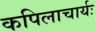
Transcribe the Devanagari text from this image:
कपिलाचार्यः